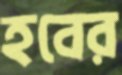
হবের